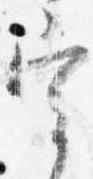
宰